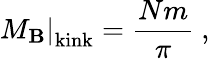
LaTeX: \left.M_{\mathbf{B}}\right|_{\mathrm{{kink}}}=\frac{{Nm}}{{\pi}}\ ,